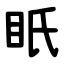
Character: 眂